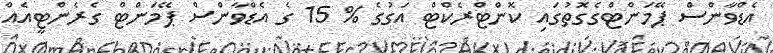
އެޑްވާންސް ޕޭމަންޓްގެގޮތުގައި ކޮންޓްރެކްޓް އަގުގެ % 15 ގެ އެޑްވާންސް ޕޭމަންޓް ގެރެންޓީއެއް